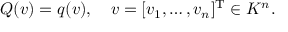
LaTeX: Q ( v ) = q ( v ) , \quad v = [ v _ { 1 } , \ldots , v _ { n } ] ^ { \mathrm { T } } \in K ^ { n } .